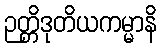
ဉတ္တိဒုတိယကမ္မာနိ